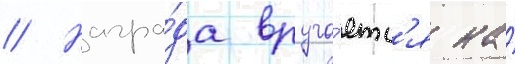
// Награ́да вруча́етс'я на́